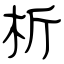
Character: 析